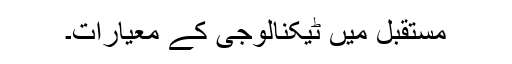
مستقبل میں ٹیکنالوجی کے معیارات۔